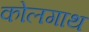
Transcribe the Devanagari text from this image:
कोलगाथ